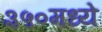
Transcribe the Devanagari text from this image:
३५०मध्ये